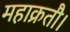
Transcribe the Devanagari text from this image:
महाक्रतौ।